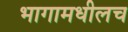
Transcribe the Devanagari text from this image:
भागामधीलच